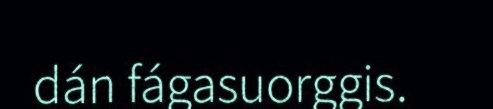
dán fágasuorggis.